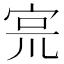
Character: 宺